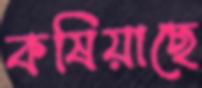
কষিয়াছে